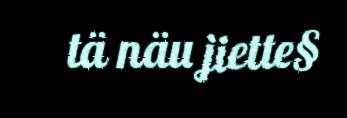
tä näu jiette§